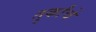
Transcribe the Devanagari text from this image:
तुर्कांचे